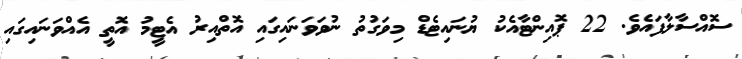
ސޮއްސާލާފައެވެ. 22 ޕޮއިންޓާއެކު ޔުނައިޓެޑް މިވަގުތު ނުވަވަނައިގައި އޮތްއިރު އެޓީމު އޮތީ އެއްވަނައިގައި